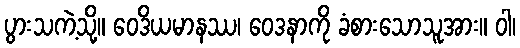
ပွားသကဲ့သို့။ ဝေဒိယမာနဿ၊ ဝေဒနာကို ခံစားသောသူအား။ ဝါ၊